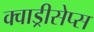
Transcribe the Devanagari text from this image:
क्वाड्रीसेप्स